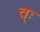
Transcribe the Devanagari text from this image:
त्ः